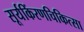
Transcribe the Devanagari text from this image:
सूर्यकिंरणचिकित्सा